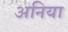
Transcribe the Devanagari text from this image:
अनिया